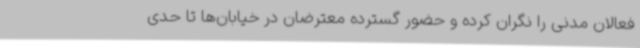
فعالان مدنی را نگران کرده و حضور گسترده معترضان در خیابان‌ها تا حدی